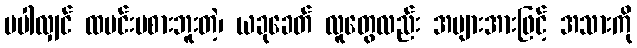
မပါလျှင် ထမင်းမစားဘူးတဲ့၊ ယခုခေတ် လူတွေလည်း အများအားဖြင့် အသားကို